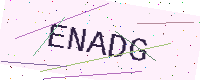
Text: ENADG